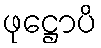
ဖုဋ္ဌောပိ